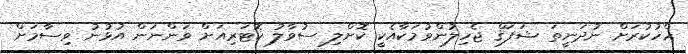
ހްހުކުރަށް ނުދަނީތަ ޝަފަޤް ޖެހިލުންވުމަކާއެކީ ކޮށްލި ސުވާލު ކޮޓަރިއަށް ވަންނަން އުޅުނު ވިސާމަށް